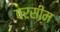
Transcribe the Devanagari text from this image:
वरसीम